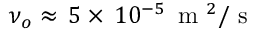
\nu _ { o } \approx \, 5 \times \, 1 0 ^ { - 5 } \, \mathrm { ~ m ~ } ^ { 2 } / \mathrm { ~ s ~ }